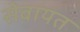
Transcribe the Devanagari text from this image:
सेबायत